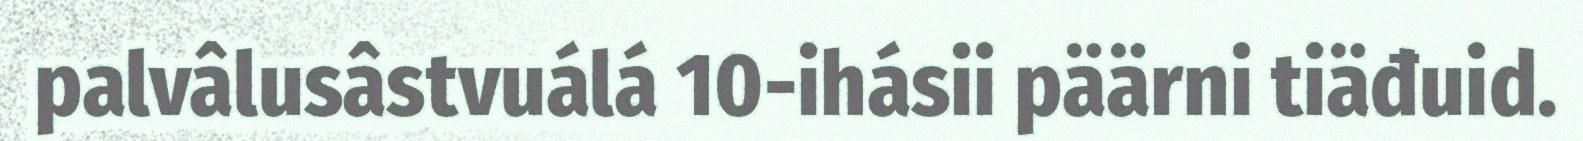
palvâlusâstvuálá 10-ihásii päärni tiäđuid.